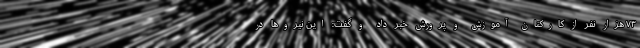
۷۳ هزار نفر از کارکنان آموزش و پرورش خبر داد و گفت: این نیروها در